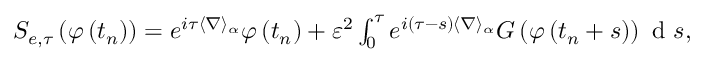
\begin{array} { r } { S _ { e , \tau } \left( \varphi \left( t _ { n } \right) \right) = e ^ { i \tau \langle \nabla \rangle _ { \alpha } } \varphi \left( t _ { n } \right) + \varepsilon ^ { 2 } \int _ { 0 } ^ { \tau } e ^ { i ( \tau - s ) \langle \nabla \rangle _ { \alpha } } G \left( \varphi \left( t _ { n } + s \right) \right) \textrm { d } s , } \end{array}